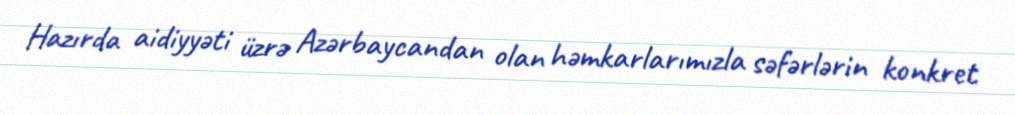
Hazırda aidiyyəti üzrə Azərbaycandan olan həmkarlarımızla səfərlərin konkret